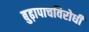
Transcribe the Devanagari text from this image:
बुढ़ापाचविरोधी